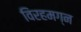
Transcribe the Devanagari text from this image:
विरहमग्न